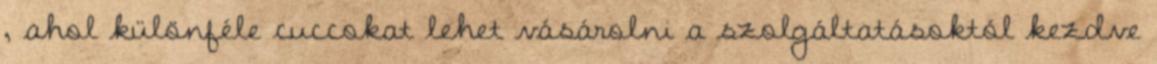
, ahol különféle cuccokat lehet vásárolni a szolgáltatásoktól kezdve